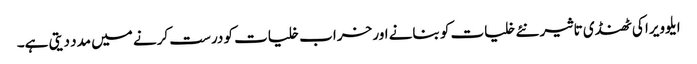
ا یلوویرا کی ٹھنڈی تاثیر نئے خلیات کو بنانے اور خراب خلیات کو درست کرنے میں مدد دیتی ہے۔